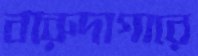
বারুদাগারে